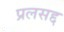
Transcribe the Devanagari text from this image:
प्रलसद्द